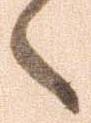
々